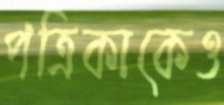
পত্রিকাকেও